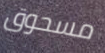
مسحوق